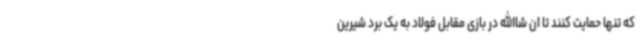
که تنها حمایت کنند تا ان شاالله در بازی مقابل فولاد به یک برد شیرین